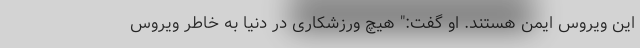
این ویروس ایمن هستند. او گفت:" هیچ ورزشکاری در دنیا به خاطر ویروس